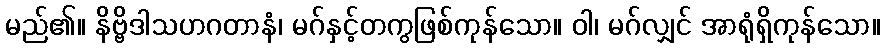
မည်၏။ နိဗ္ဗိဒါသဟဂတာနံ၊ မဂ်နှင့်တကွဖြစ်ကုန်သော။ ဝါ၊ မဂ်လျှင် အာရုံရှိကုန်သော။